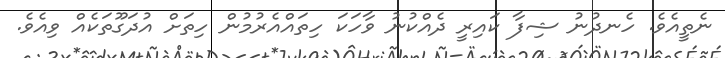
ނެތީއެވެ. ހެނދުނު ޝިފާ ކައިރީ ދެއްކުނު ވާހަކަ ހިތައްއެރުމުން ހިތަށް އުދަގޫތަކެއް ވިއެވެ.